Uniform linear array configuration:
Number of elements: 32
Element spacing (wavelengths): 0.5
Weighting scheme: blackman
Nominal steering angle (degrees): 30
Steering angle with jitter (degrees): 30.121
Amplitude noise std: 0.05
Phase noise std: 0.05

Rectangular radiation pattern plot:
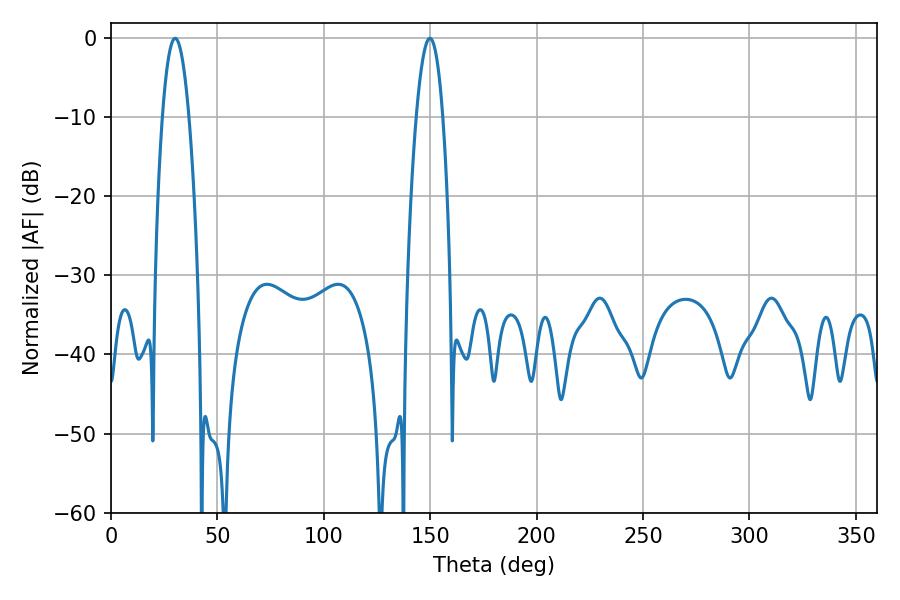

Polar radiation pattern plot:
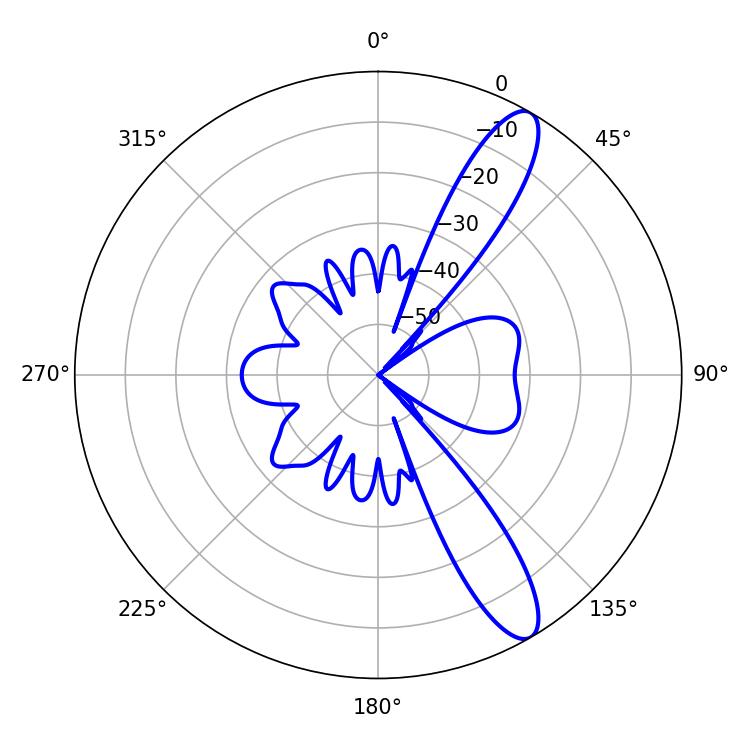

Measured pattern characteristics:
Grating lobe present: FALSE
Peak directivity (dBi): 11.864
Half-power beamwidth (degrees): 6.84
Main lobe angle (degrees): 30.24